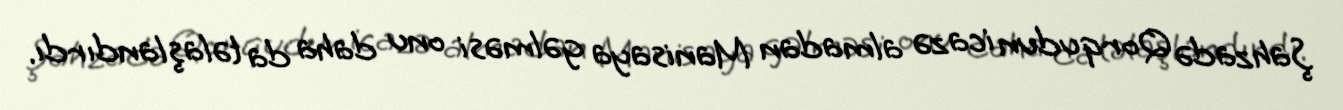
Şahzadə Qorqudun icazə almadan Manisaya gəlməsi onu daha da təlaşlandırdı.